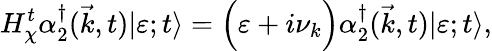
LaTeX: H_{\chi}^{t}{\alpha}_{2}^{\dagger}({\vec{k}},t)|\varepsilon;t\rangle=\Big({\varepsilon}+i{\nu}_{k}\Big){\alpha}_{2}^{\dagger}({\vec{k}},t)|\varepsilon;t\rangle,